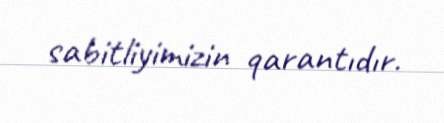
sabitliyimizin qarantıdır.